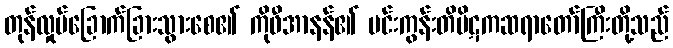
တုန်လှုပ်ခြောက်ခြားသွားစေ၏ ကိုဖီအာနန်၏ မင်းကွန်းတိပိဋကဆရာတော်ကြီးတို့သည်